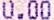
0.00